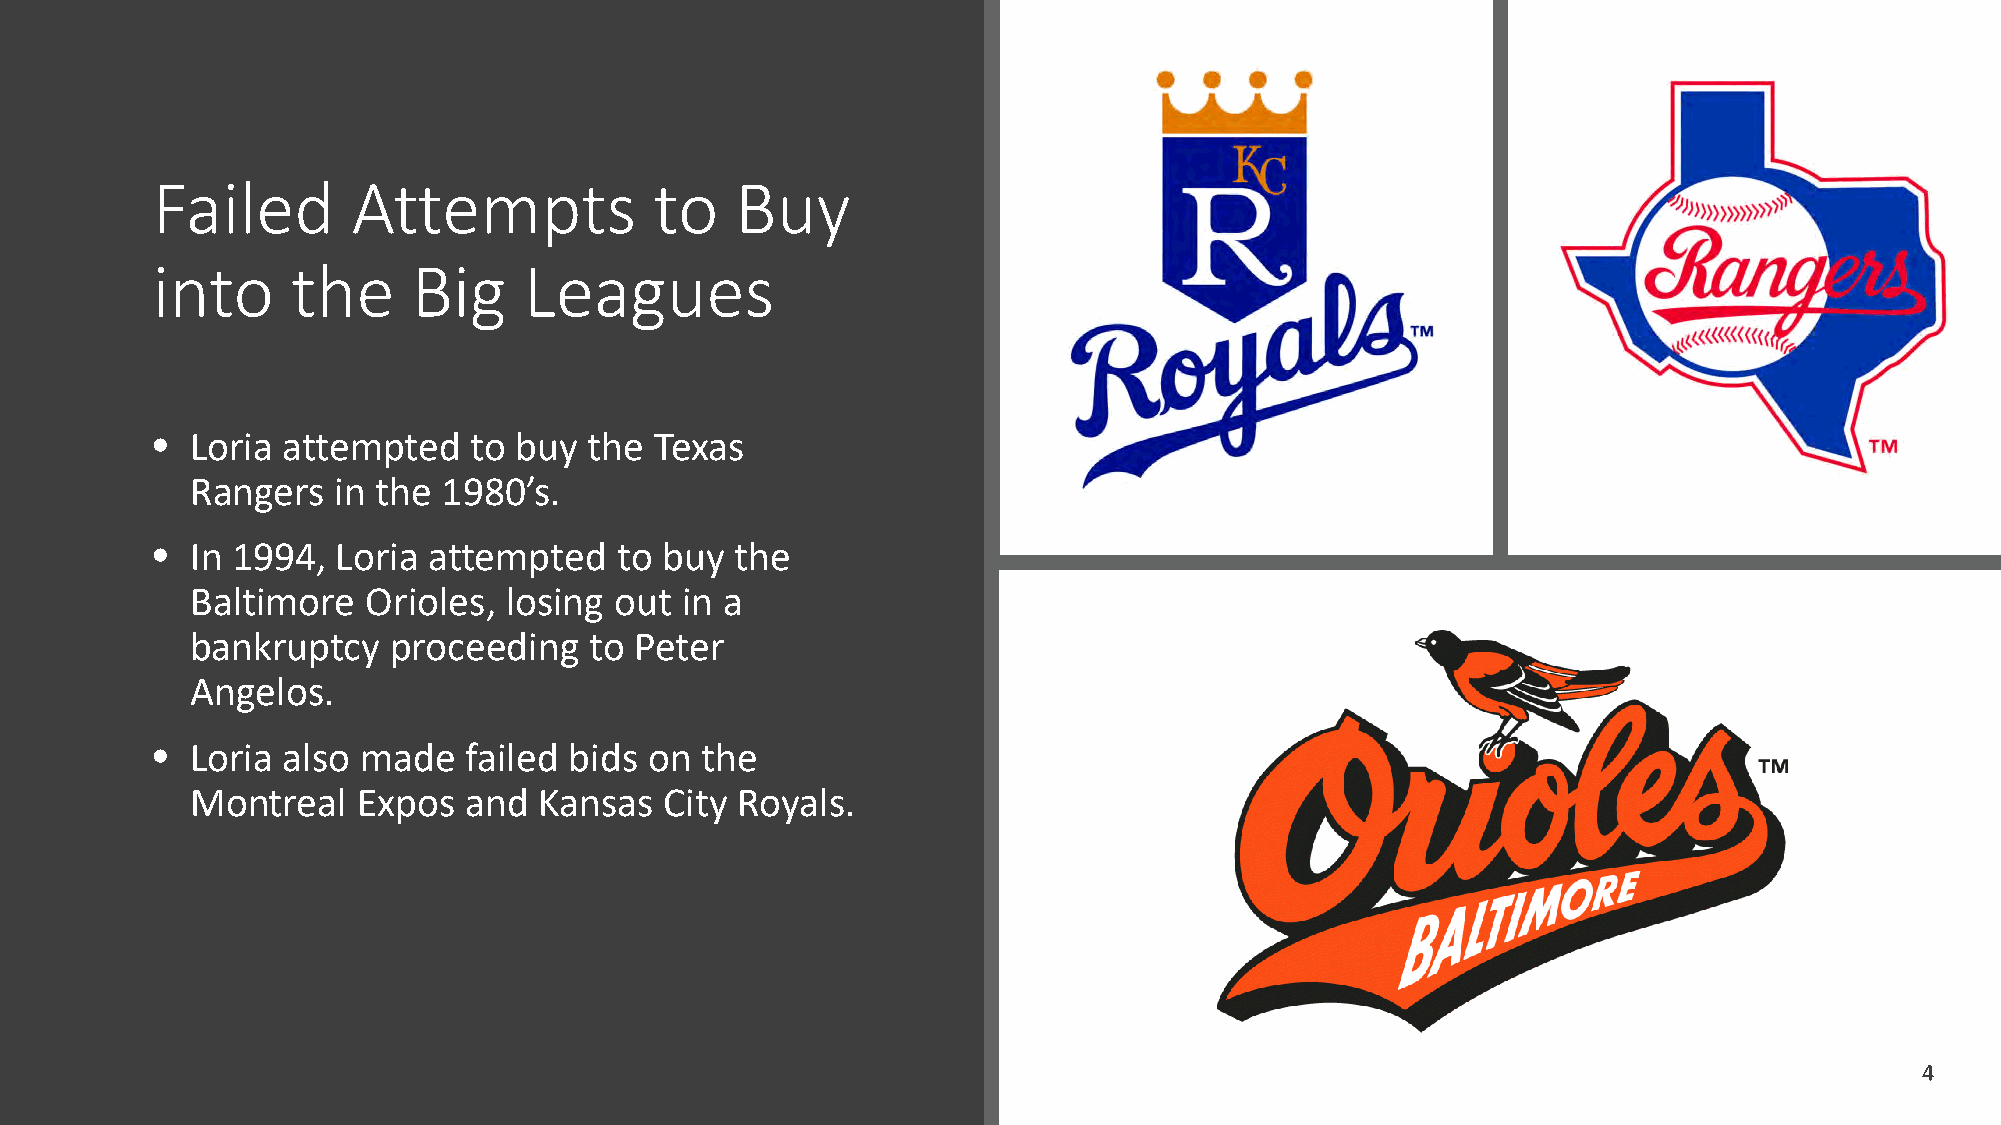
Failed       Attempts            to    Buy
 into     the     Big     Leagues
 •  Loria attempted   to buy  the Texas
 Rangers  in the 1980’s.
 •  In 1994, Loria attempted    to buy  the
 Baltimore  Orioles, losing  out in a
 bankruptcy   proceeding   to Peter
 Angelos.
 •  Loria also made   failed bids on the
 Montreal   Expos  and  Kansas  City Royals.